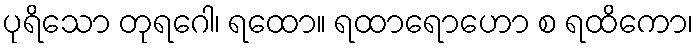
ပုရိသော တုရဂေါ၊ ရထော။ ရထာရောဟော စ ရထိကော၊